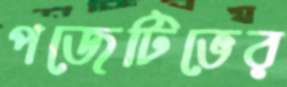
পজেটিভের